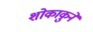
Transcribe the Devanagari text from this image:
शोकाकुने